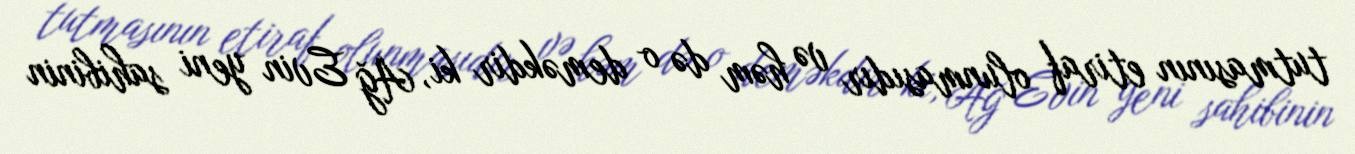
tutmasının etiraf olunmasıdır və həm də o deməkdir ki, Ağ Evin yeni sahibinin